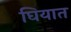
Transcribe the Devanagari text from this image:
घियात